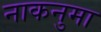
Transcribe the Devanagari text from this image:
नाकनुमा